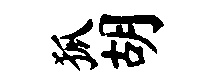
狐胡